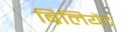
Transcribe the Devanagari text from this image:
ब्रिलियेंट